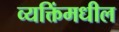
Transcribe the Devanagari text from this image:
व्यक्तिंमधील